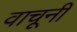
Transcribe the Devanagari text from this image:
वाचूनी